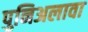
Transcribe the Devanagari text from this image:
पुनिअलावा